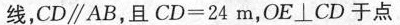
线，CD\parallel AB，且$$C D = 2 4 m$$，OE⊥CD于点